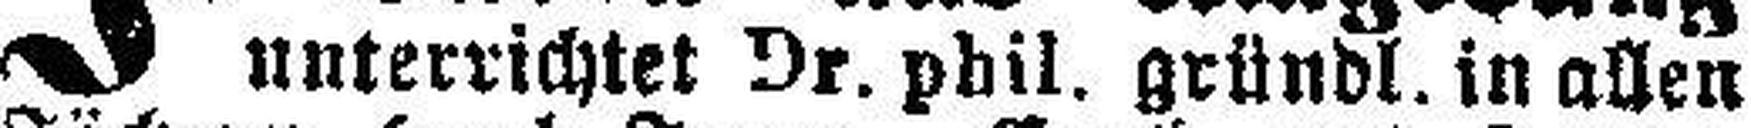
unterrichtet Dr. phil. gründl. in allen